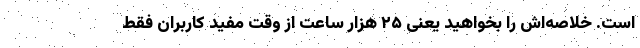
است. خلاصه‌اش را بخواهید یعنی ۲۵ هزار ساعت از وقت مفید کاربران فقط